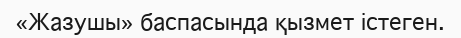
«Жазушы» баспасында қызмет істеген.